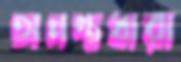
অনন্তধারা